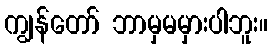
ကျွန်တော် ဘာမှမမှားပါဘူး။